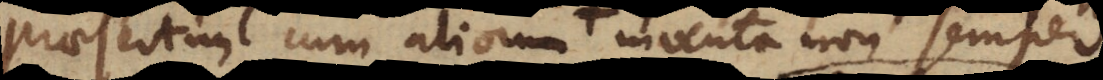
praesertim cum aliorum inventa non semper